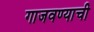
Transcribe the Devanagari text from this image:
गाजवण्याची